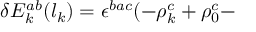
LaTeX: \delta E _ { k } ^ { a b } ( l _ { k } ) = \epsilon ^ { b a c } ( - \rho _ { k } ^ { c } + \rho _ { 0 } ^ { c } -